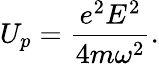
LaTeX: U_{p}=\frac{e^{2}E^{2}}{4m\omega^{2}}.